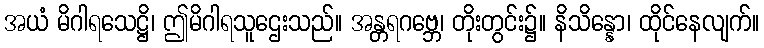
အယံ မိဂါရသေဋ္ဌိ၊ ဤမိဂါရသူဌေးသည်။ အန္တရဂဗ္ဘေ၊ တိုးတွင်း၌။ နိသိန္နော၊ ထိုင်နေလျက်။